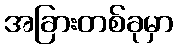
အခြားတစ်ခုမှာ